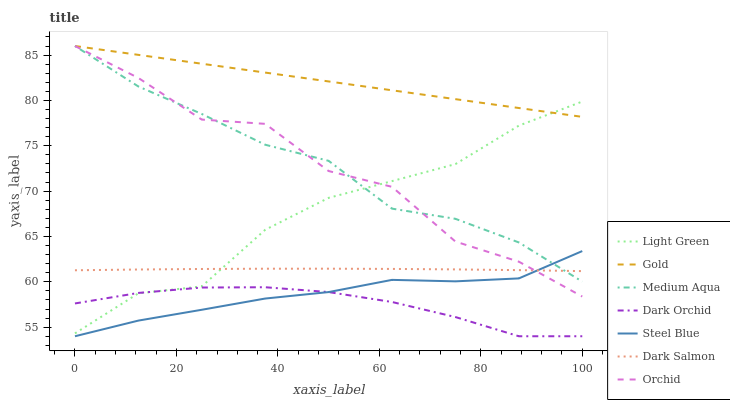
| xaxis_label | Light Green | Gold | Medium Aqua | Dark Orchid | Steel Blue | Dark Salmon | Orchid |
 | --- | --- | --- | --- | --- | --- | --- | --- |
 | 0 | 54.3 | 86 | 86 | 57.6 | 54 | 61.3 | 86 |
 | 12.5 | 58.7 | 85 | 81.5 | 58.8 | 55.7 | 61.4 | 82.5 |
 | 25 | 59.5 | 84 | 78.5 | 59.4 | 56.9 | 61.4 | 77.9 |
 | 37.5 | 65.7 | 83.1 | 75.1 | 59.4 | 58.2 | 61.4 | 77.4 |
 | 50 | 69.3 | 82.1 | 73.3 | 58.9 | 58.9 | 61.4 | 72.2 |
 | 62.5 | 71.1 | 81.1 | 68.1 | 57.8 | 60.2 | 61.4 | 70.5 |
 | 75 | 73 | 80.1 | 66.9 | 56.1 | 60.1 | 61.4 | 64.4 |
 | 87.5 | 77.2 | 79.2 | 64.3 | 54 | 60.4 | 61.3 | 62.2 |
 | 100 | 79.9 | 78.2 | 60 | 54 | 63.4 | 61.2 | 58.4 |